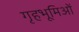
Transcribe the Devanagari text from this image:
गृहभूमिओं